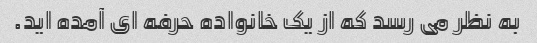
به نظر می رسد که از یک خانواده حرفه ای آمده اید.